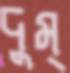
দুম্